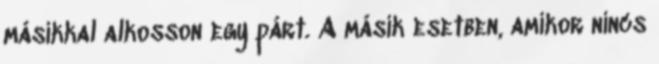
másikkal alkosson egy párt. A másik esetben, amikor nincs